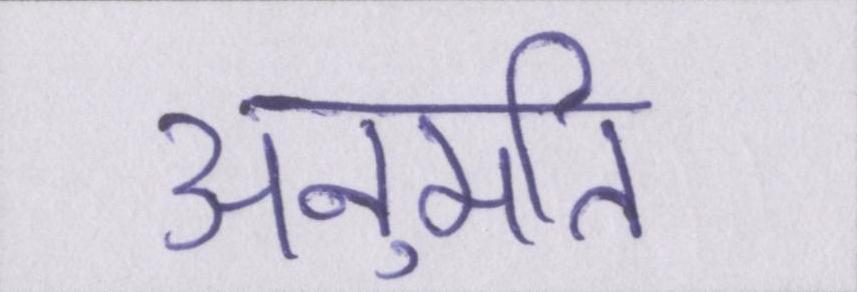
अनुमति